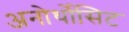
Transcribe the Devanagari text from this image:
अनोर्थोसिट